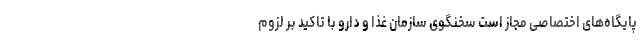
پایگاه‌های اختصاصی مجاز است سخنگوی سازمان غذا و دارو با تاکید بر لزوم